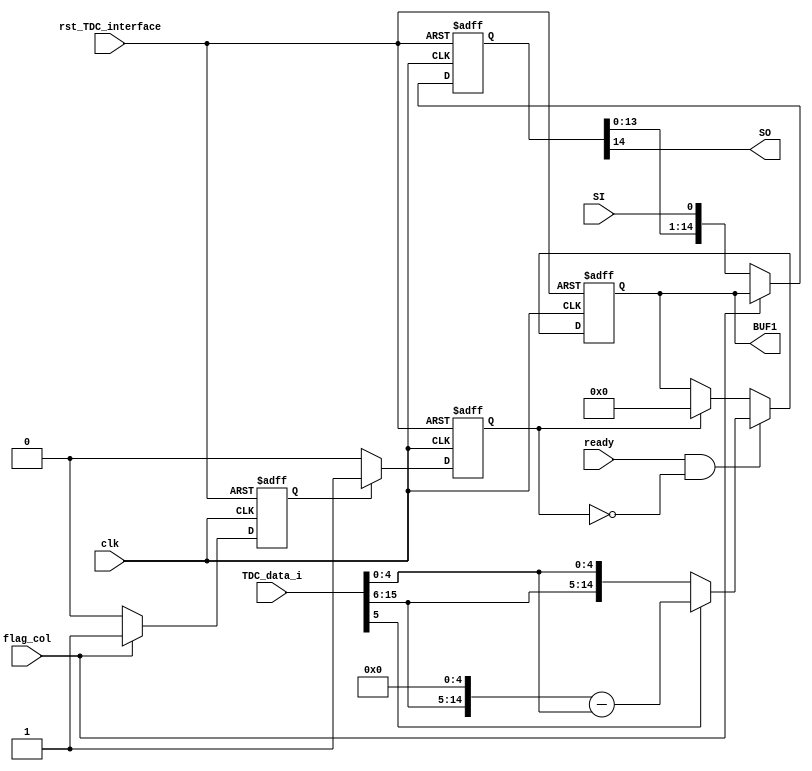

module TDC_interface(                                

    clk,                
    rst_TDC_interface,                
    flag_col,
    SI,
    SO,

    BUF1,

    ready,
    TDC_data_i
    
);
//`include "CONSTANT.vh"
//jiang bing xing shu ju huan cun xiao chu fu hao wei 

parameter BITS_SIG_TDC = 16 ;
parameter BITS_UNSIG_TDC = 15;  // 16 UNSIG->SIG
parameter BITS_SPI =32;
parameter CNT_SPI = 5;
parameter NUM_COL = 16;
parameter CNT_COL =  4;//164 

parameter NUM_ROW = 1;

parameter BITS_DLY_SWITCH = 25;//1525
parameter CNT_DLY_CALIB = 5;//45

parameter NUM_BUFBYTES = 10;//probe

parameter BITS_COARSE = 10;
parameter BITS_COL = 5;

parameter cmd_dummy             =4'b0001;
parameter cmd_reg_set           =4'b0010;
parameter cmd_reg_get           =4'b0011;
parameter cmd_reset_dly         =4'b0100;
parameter cmd_reset_pixel       =4'b0101;
parameter cmd_reset_analog      =4'b0110;
parameter cmd_dly_calib         =4'b1000;
parameter cmd_pixel_calib       =4'b1001;
parameter cmd_main_work         =4'b1010;
parameter st_idle               =4'b0000;
parameter st_dummy              =4'b0001;
parameter st_reg_set            =4'b0010;
parameter st_reg_get            =4'b0011;
parameter st_reset_dly          =4'b0100;
parameter st_reset_pixel        =4'b0101;
parameter st_reset_analog       =4'b0110;
parameter st_dly_calib          =4'b1000;
parameter st_pixel_calib        =4'b1001;
parameter st_main_work          =4'b1010;
parameter st_err=4'b1111;


    input rst_TDC_interface;                   // Global reset port
    input clk;                      // Global clock
    input SI;
    
    input flag_col;

    input ready;                      // 
    //spi data interface
    
    input [BITS_SIG_TDC-1:0] TDC_data_i;                            //input14 bit of TDC output with sign
    output wire SO;
    output reg [BITS_UNSIG_TDC-1:0] BUF1;

    
    reg [BITS_UNSIG_TDC-1:0] BUF2;
    reg [BITS_UNSIG_TDC-1:0] unsign_TDC;
    reg flag_col_dly_oneclk;
    reg flag_col_dly_twoclk;

    assign SO =BUF2[BITS_UNSIG_TDC-1];                    
    //assign unsign_TDC[BITS_UNSIG_TDC-1:0]  =  TDC_data_i[5]? {TDC_data_i[BITS_SIG_TDC-1:6],{5{1'b0}}} - {{10{1'b0}},TDC_data_i[4:0]} : {TDC_data_i[BITS_SIG_TDC-1:6],TDC_data_i[4:0]} ;

    
    always @(*) begin 
          if (TDC_data_i[5]) begin
               unsign_TDC[BITS_UNSIG_TDC-1:0] <={TDC_data_i[BITS_SIG_TDC-1:6],{5{1'b0}}} - {{10{1'b0}},TDC_data_i[4:0]};
           end 
           else begin
                unsign_TDC[BITS_UNSIG_TDC-1:0]<={TDC_data_i[BITS_SIG_TDC-1:6],TDC_data_i[4:0]};
        end
    end



    always @(posedge clk or negedge rst_TDC_interface) begin 
        if(~rst_TDC_interface) begin
             flag_col_dly_oneclk<='d0;
             flag_col_dly_twoclk<= 'd0;
        end else begin
            if (flag_col==1'b1) begin
                 flag_col_dly_oneclk<=1'b1;
            end
            else begin
                flag_col_dly_oneclk<=1'b0;
            end

            if (flag_col_dly_oneclk==1'b1) begin
                flag_col_dly_twoclk<= 1'b1;
            end
            else begin
                flag_col_dly_twoclk<=1'b0;
            end
        end
    end
    


    always @(posedge clk or negedge rst_TDC_interface) begin
        if(~rst_TDC_interface) begin
            BUF1[BITS_UNSIG_TDC-1:0] <= 0;
            BUF2[BITS_UNSIG_TDC-1:0] <= 0;
          
        end
        else begin
            BUF2[BITS_UNSIG_TDC-1:0] <= {BUF2[BITS_UNSIG_TDC-2:0],SI};
            if(ready == 1'b1&&flag_col_dly_twoclk == 1'b0) begin                          //inputreadyready.readyclkready
                BUF1[BITS_UNSIG_TDC-1:0] <= unsign_TDC[BITS_UNSIG_TDC-1:0];
            end
            else if (flag_col_dly_twoclk==1'b1) begin
                BUF1[BITS_UNSIG_TDC-1:0] <= 'd0;
            end
            else begin
                BUF1[BITS_UNSIG_TDC-1:0] <= BUF1[BITS_UNSIG_TDC-1:0];
            end



            if(flag_col == 1'b1) begin                         //fsmSWCOLTDCbuf2col
                BUF2[BITS_UNSIG_TDC-1:0] <= BUF1[BITS_UNSIG_TDC-1:0];             
            end
        end
    end

endmodule